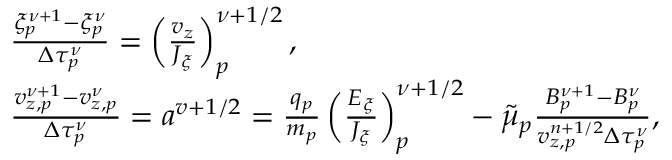
\begin{array} { r l } & { \frac { \xi _ { p } ^ { \nu + 1 } - \xi _ { p } ^ { \nu } } { \Delta \tau _ { p } ^ { \nu } } = \left( \frac { v _ { z } } { J _ { \xi } } \right) _ { p } ^ { \nu + 1 / 2 } , } \\ & { \frac { v _ { z , p } ^ { \nu + 1 } - v _ { z , p } ^ { \nu } } { \Delta \tau _ { p } ^ { \nu } } = a ^ { v + 1 / 2 } = \frac { q _ { p } } { m _ { p } } \left( \frac { E _ { \xi } } { J _ { \xi } } \right) _ { p } ^ { \nu + 1 / 2 } - \Tilde { \mu } _ { p } \frac { B _ { p } ^ { \nu + 1 } - B _ { p } ^ { \nu } } { v _ { z , p } ^ { n + 1 / 2 } \Delta \tau _ { p } ^ { \nu } } , } \end{array}